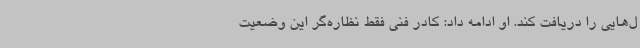
ل‌هایی را دریافت کند. او ادامه داد: کادر فنی فقط نظاره‌گر این وضعیت